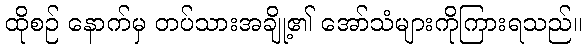
ထိုစဉ် နောက်မှ တပ်သားအချို့၏ အော်သံများကိုကြားရသည်။